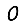
Digit: 0